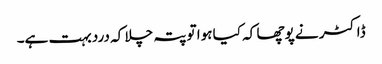
ڈاکٹر نے پوچھا کہ کیا ہوا تو پتہ چلا کہ درد بہت ہے۔